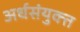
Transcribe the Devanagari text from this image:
अर्धसंयुक्त